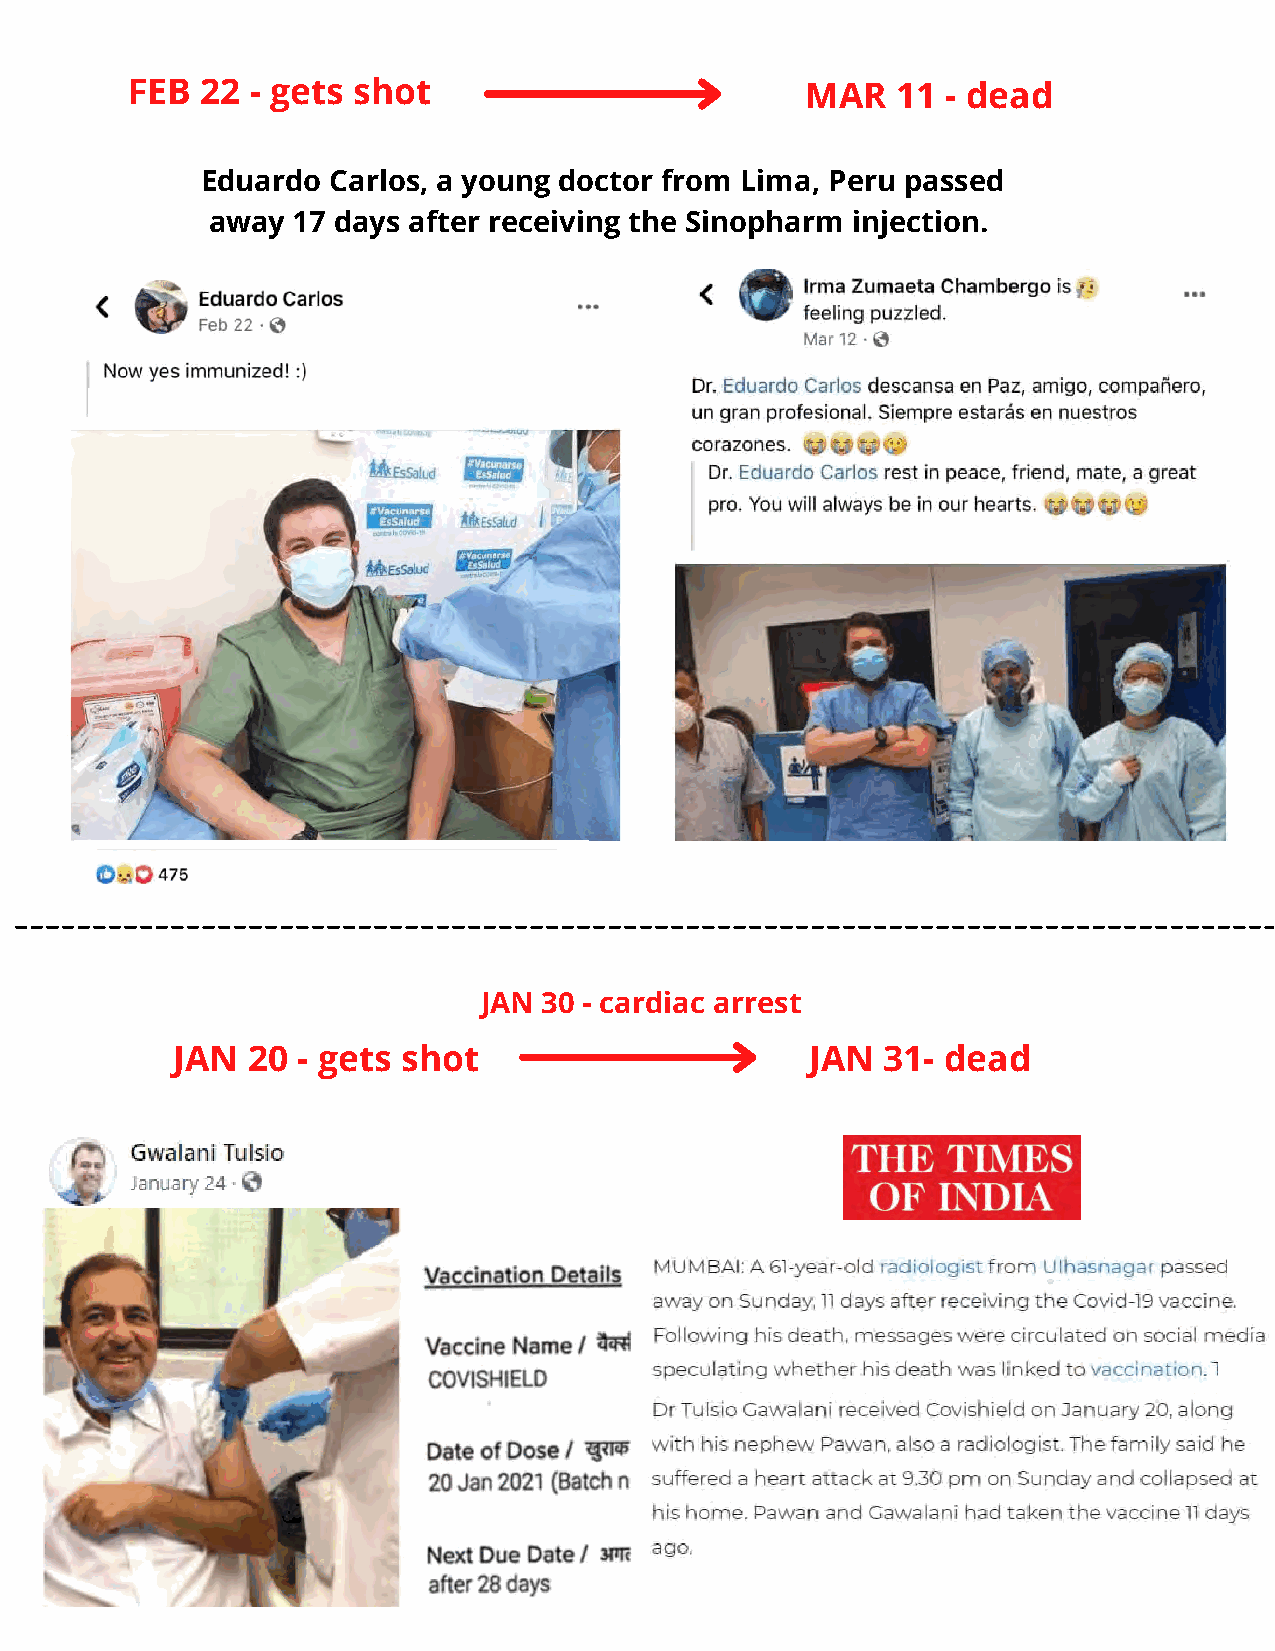
FEB  22  - gets shot                         MAR   11  - dead
 Eduardo  Carlos, a young doctor from Lima, Peru passed
 away 17 days after receiving the Sinopharm injection.
 JAN 30 - cardiac arrest
 JAN  20  - gets shot                       JAN 31- dead